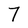
Character: 7